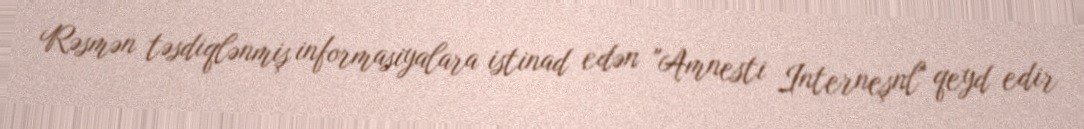
Rəsmən təsdiqlənmiş informasiyalara istinad edən "Amnesti Interneşnl" qeyd edir